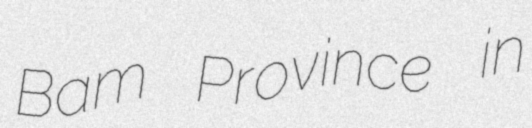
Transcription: Bam Province in